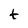
Character: t